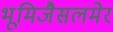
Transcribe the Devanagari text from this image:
भूमिजैसलमेर